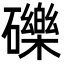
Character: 礫